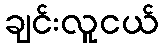
ချင်းလူငယ်